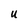
Character: U